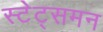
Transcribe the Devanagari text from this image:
स्टेट्समन